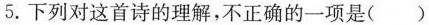
5.下列对这首诗的理解，不正确的一项是( )